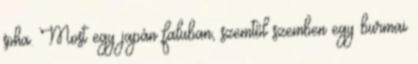
soha. Most egy japán faluban, szemtől szemben egy burmai